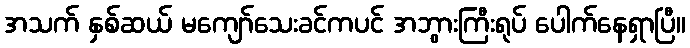
အသက် နှစ်ဆယ် မကျော်သေးခင်ကပင် အဘွားကြီးရုပ် ပေါက်နေရှာပြီ။